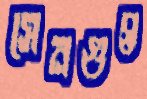
সেনগুপ্ত